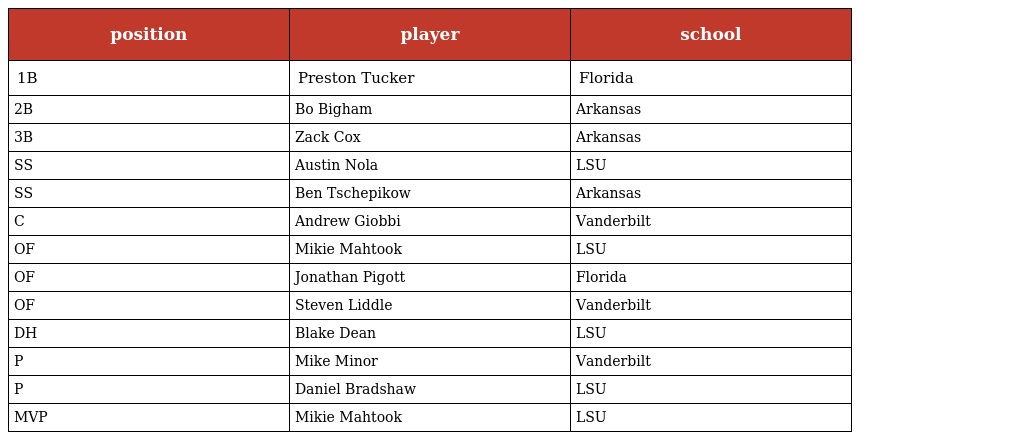
| position | player | school |
 | --- | --- | --- |
 | 1B | Preston Tucker | Florida |
 | 2B | Bo Bigham | Arkansas |
 | 3B | Zack Cox | Arkansas |
 | SS | Austin Nola | LSU |
 | SS | Ben Tschepikow | Arkansas |
 | C | Andrew Giobbi | Vanderbilt |
 | OF | Mikie Mahtook | LSU |
 | OF | Jonathan Pigott | Florida |
 | OF | Steven Liddle | Vanderbilt |
 | DH | Blake Dean | LSU |
 | P | Mike Minor | Vanderbilt |
 | P | Daniel Bradshaw | LSU |
 | MVP | Mikie Mahtook | LSU |